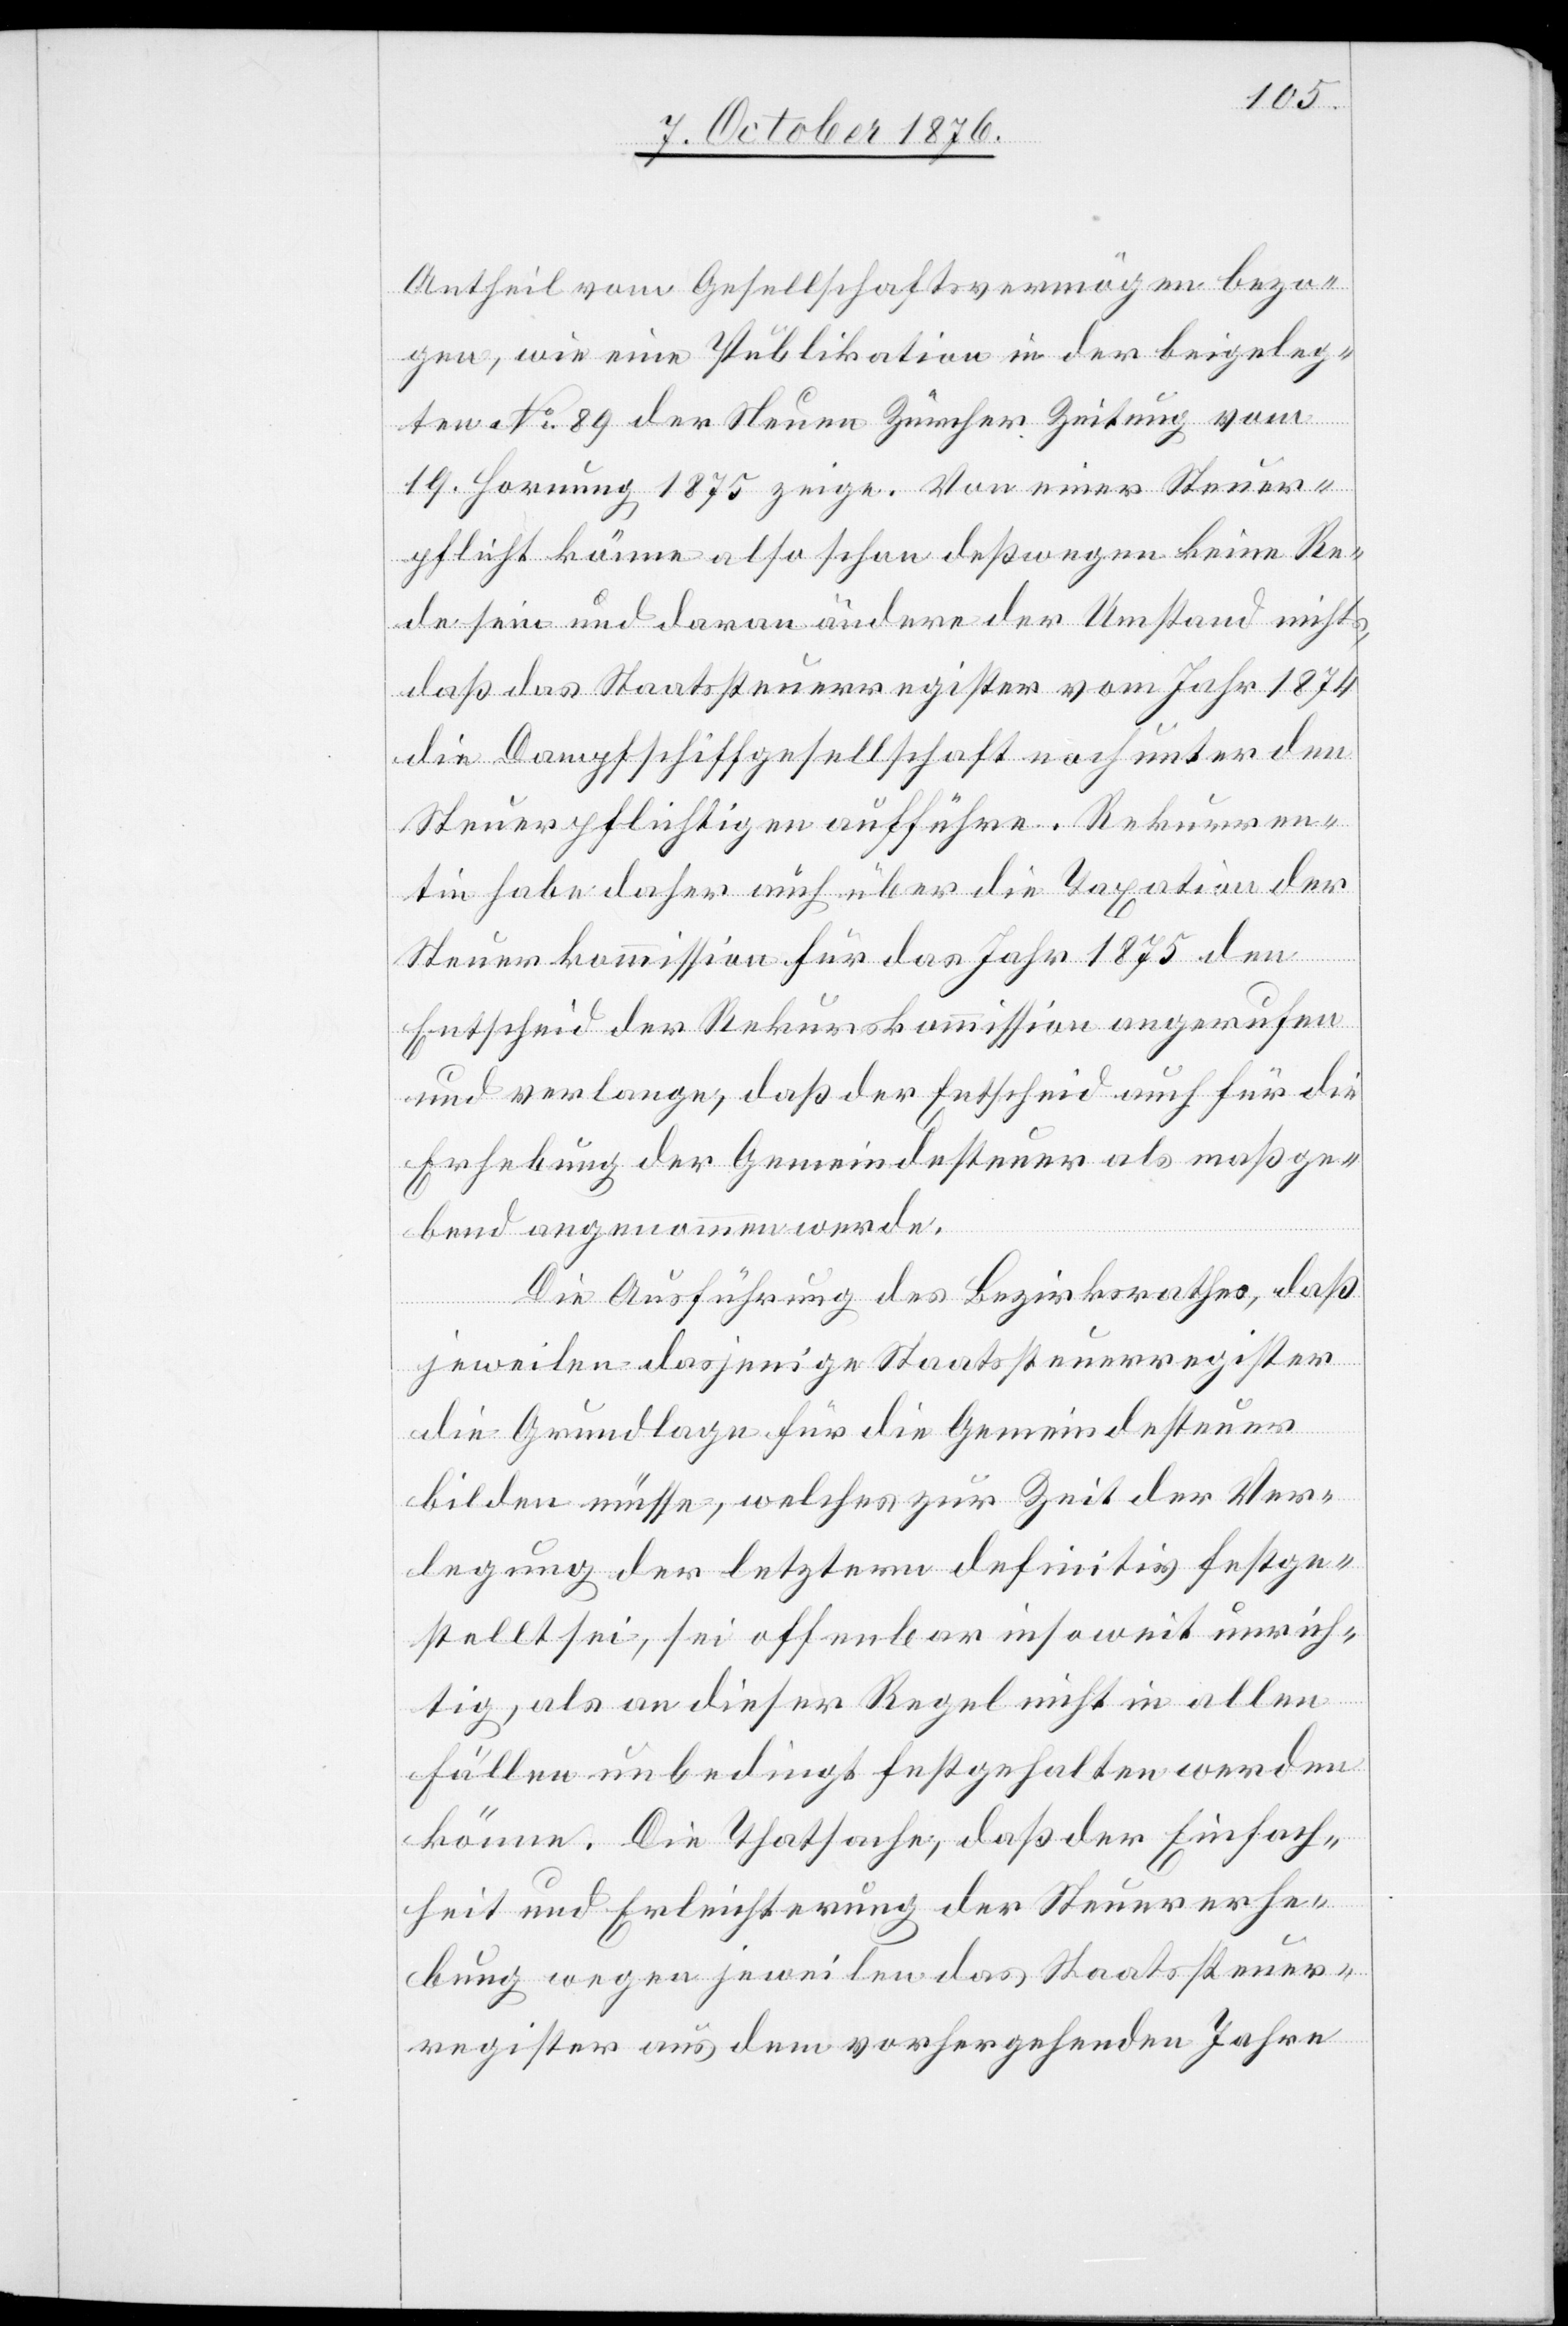
Antheil vom Gesellschaftsvermögen bezo¬
gen, wie eine Publikation in der beigeleg¬
ten No 89 der Neuen Zürcher Zeitung vom
19. Hornung 1875 zeige. Von einer Steuer¬
flicht könne also schon deßwegen keine Re¬
de sein und daran ändere der Umstand nichts,
daß das Staatssteuerregister vom Jahr 1874
die Dampfschiffgesellschaft noch unter den
Steuerpflichtigen aufführe. Rekurren¬
tin habe daher auch über die Taxation der
Steuerkommission für das Jahr 1875 den
Entscheid der Rekurskommission angerufen
und verlange, daß der Entscheid auch für die
Erhebung der Gemeindesteuer als maßge¬
bend angenommen werde.
Die Ausführung des Bezirksrathes, daß
jeweilen dasjenige Staatssteuerregister
die Grundlage für die Gemeindesteuer
bilden müsse, welches zur Zeit der Ver¬
legung der letztern definitiv festge¬
stellt sei, sei offenbar insoweit unrich¬
tig, als an dieser Regel nicht in allen
Fällen unbedingt festgehalten werden
könne. Die Thatsache, daß der Einfach¬
heit und Erleichterung der Steuererhe¬
bung wegen jeweilen das Staatssteuer¬
register aus dem vorhergehenden Jahre